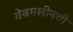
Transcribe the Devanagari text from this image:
वेबमशीनची